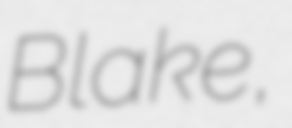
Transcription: Blake,